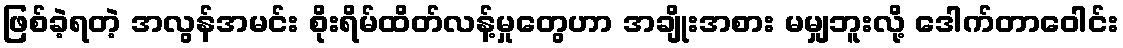
ဖြစ်ခဲ့ရတဲ့ အလွန်အမင်း စိုးရိမ်ထိတ်လန့်မှုတွေဟာ အချိုးအစား မမျှဘူးလို့ ဒေါက်တာဝေါင်း